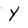
Character: Y